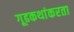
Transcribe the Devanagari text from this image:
गूढकथांकरता